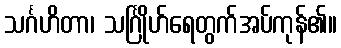
သင်္ဂဟိတာ၊ သင်္ဂြိုဟ်ရေတွက်အပ်ကုန်၏။